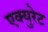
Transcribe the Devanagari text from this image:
एक्युरेट